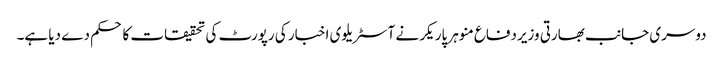
دوسری جانب بھارتی وزیردفاع منوہر پاریکر نے آسٹریلوی اخبار کی رپورٹ کی تحقیقات کا حکم دے دیا ہے۔